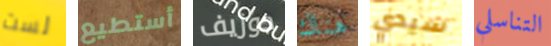
لست أستطيع جوزيف هناك سيدي التناسلي